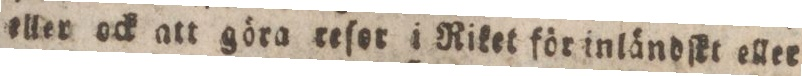
eller ock att göra reſor i Riket för inländſkt eller